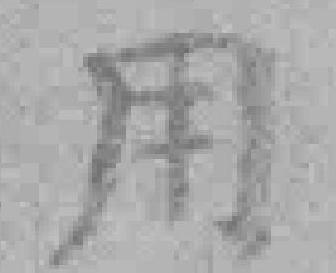
用